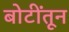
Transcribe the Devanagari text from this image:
बोटींतून